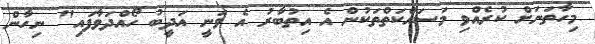
މިހާތަނަށް ކުރެއްވި މަސައްކަތްތަކުން އެ އިތުބާރު އެ ވަނީ އަދީބު ހޯއްދަވާފައި" ނިހާން